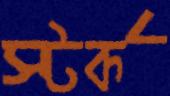
স্টর্ক